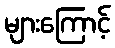
များကြောင့်